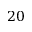
2 0